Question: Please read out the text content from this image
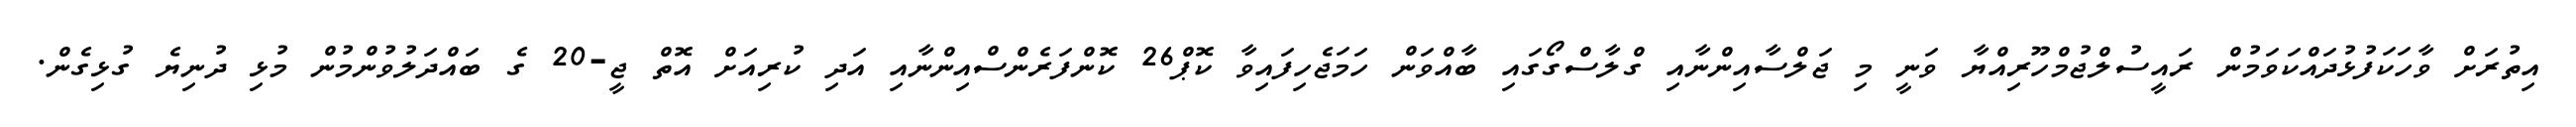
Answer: އިތުރަށް ވާހަކަފުޅުދައްކަވަމުން ރައީސުލްޖުމްހޫރިއްޔާ ވަނީ މި ޖަލްސާއިންނާއި ގްލާސްގޯގައި ބާއްވަން ހަމަޖެހިފައިވާ ކޮޕް26 ކޮންފަރެންސްއިންނާއި އަދި ކުރިއަށް އޮތް ޖީ-20 ގެ ބައްދަލުވުންމުން މުޅި ދުނިޔެ ގުޅިގެން.